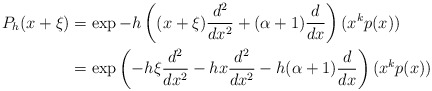
\begin{align*}P_h(x+\xi)&= \exp -h\left((x+\xi)\frac{d^2}{dx^2} + (\alpha + 1)\frac{d}{dx}\right)(x^kp(x))\\&= \exp\left(-h\xi\frac{d^2}{dx^2} - hx\frac{d^2}{dx^2} - h (\alpha + 1)\frac{d}{dx}\right)(x^kp(x))\end{align*}